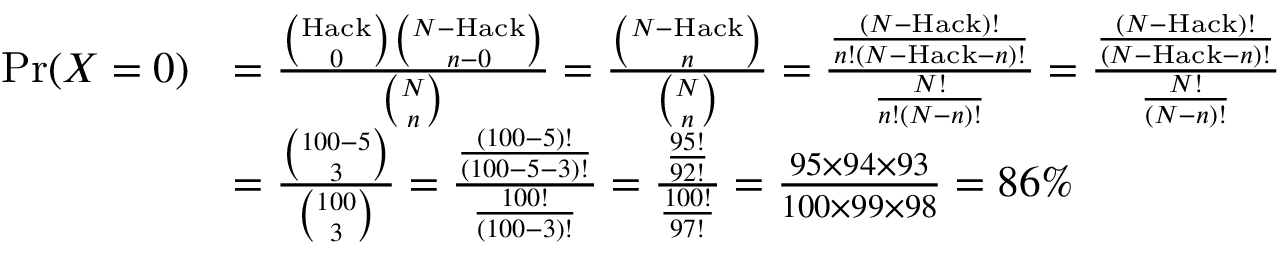
{ \begin{array} { r l } { \operatorname* { P r } ( X = 0 ) } & { = { \frac { { \binom { \mathrm { H a c k } } { 0 } } { \binom { N - { \mathrm { H a c k } } } { n - 0 } } } { \binom { N } { n } } } = { \frac { \binom { N - { \mathrm { H a c k } } } { n } } { \binom { N } { n } } } = { \frac { \frac { ( N - { \mathrm { H a c k } } ) ! } { n ! ( N - { \mathrm { H a c k } } - n ) ! } } { \frac { N ! } { n ! ( N - n ) ! } } } = { \frac { \frac { ( N - { \mathrm { H a c k } } ) ! } { ( N - { \mathrm { H a c k } } - n ) ! } } { \frac { N ! } { ( N - n ) ! } } } } \\ & { = { \frac { \binom { 1 0 0 - 5 } { 3 } } { \binom { 1 0 0 } { 3 } } } = { \frac { \frac { ( 1 0 0 - 5 ) ! } { ( 1 0 0 - 5 - 3 ) ! } } { \frac { 1 0 0 ! } { ( 1 0 0 - 3 ) ! } } } = { \frac { \frac { 9 5 ! } { 9 2 ! } } { \frac { 1 0 0 ! } { 9 7 ! } } } = { \frac { 9 5 \times 9 4 \times 9 3 } { 1 0 0 \times 9 9 \times 9 8 } } = 8 6 \% } \end{array} }